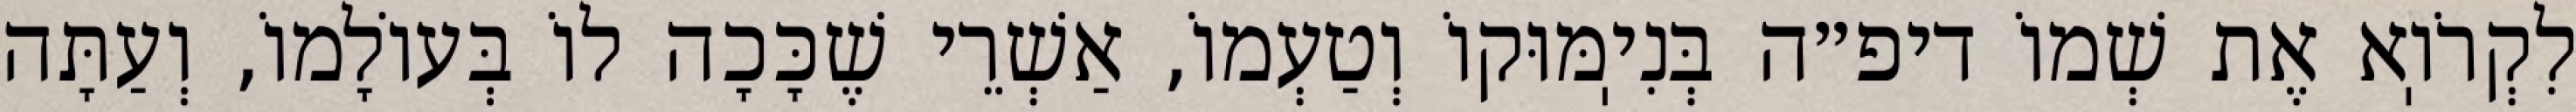
לִקְרֹוֽא אֶת שְׁמוֹ דיפ״ה בְּנִיֽמּוּקוֹ וְטַעְמוֹ, אַשְׁרֵי שֶׁכָּכָה לוֹ בְּעוֹלָמוֹ, וְעַתָּה